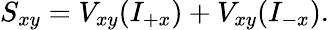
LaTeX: S_{xy}=V_{xy}(I_{+x})+V_{xy}(I_{-x}).